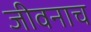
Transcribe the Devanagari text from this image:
जीवनाच